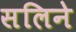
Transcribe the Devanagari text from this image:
सलिने